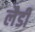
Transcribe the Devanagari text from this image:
लैडी